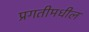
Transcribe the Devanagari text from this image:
प्रगतीमधील